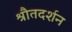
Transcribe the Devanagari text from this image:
श्रौतदर्शन